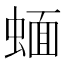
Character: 蝒